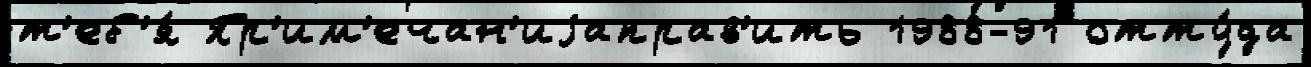
т'еб'я́ Пр'им'ечан'иjаправ'ить 1988-91 отту́да